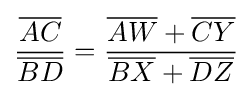
{\frac {\overline {AC}}{\overline {BD}}}={\frac {{\overline {AW}}+{\overline {CY}}}{{\overline {BX}}+{\overline {DZ}}}}